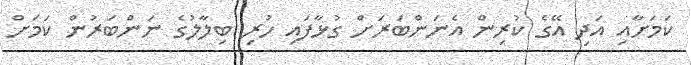
ކަމަށާއި އަދި އޭގެ ކުރިން އެނަންބަރަށް ގުޅާފައި ހުރި ބިލާލުގެ ނަންބަރުން ކަމަށް